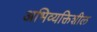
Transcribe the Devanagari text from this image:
अभिव्यक्तिशील